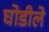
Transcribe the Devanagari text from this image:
घोडीले